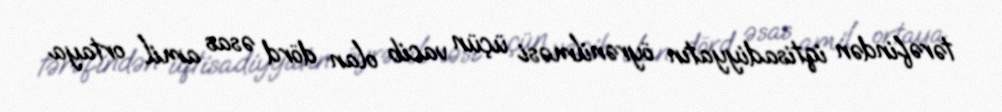
tərəfindən iqtisadiyyatın öyrənilməsi üçün vacib olan dörd əsas amil ortaya